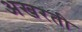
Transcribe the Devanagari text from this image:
अखरती